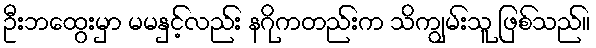
ဦးဘထွေးမှာ မမနှင့်လည်း နဂိုကတည်းက သိကျွမ်းသူ ဖြစ်သည်။